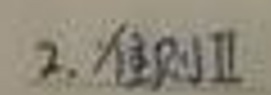
2. 准则Ⅱ